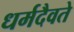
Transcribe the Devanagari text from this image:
धर्मदैवते